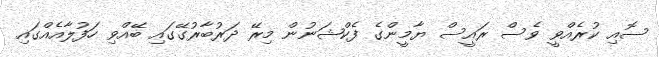
ސޮއި ކުރެއްވީ ވެސް ރައީސް ޔާމީންގެ ފެކްޝަނުން މިރޭ ދަރުބާރުގޭގައި ބޭއްވި ހަފުލާއެއްގައި